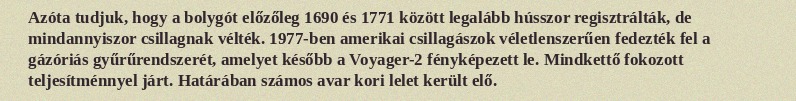
Azóta tudjuk, hogy a bolygót előzőleg 1690 és 1771 között legalább hússzor regisztrálták, de mindannyiszor csillagnak vélték. 1977-ben amerikai csillagászok véletlenszerűen fedezték fel a gázóriás gyűrűrendszerét, amelyet később a Voyager-2 fényképezett le. Mindkettő fokozott teljesítménnyel járt. Határában számos avar kori lelet került elő.